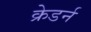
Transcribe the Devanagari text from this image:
क्रेडर्न